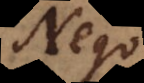
Nego,